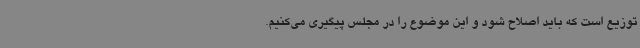
توزیع است که باید اصلاح شود و این موضوع را در مجلس پیگیری می‌کنیم.